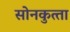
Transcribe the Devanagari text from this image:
सोनकुत्‍ता